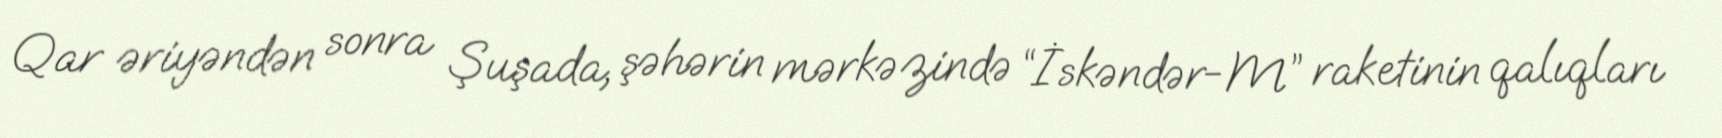
Qar əriyəndən sonra Şuşada, şəhərin mərkəzində “İskəndər-M” raketinin qalıqları